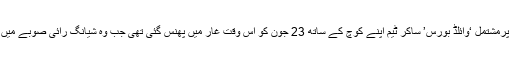
روزنامہ ہندو کے مطابق 12 افراد پرمشتمل ‘وائلڈ بورس’ ساکر ٹیم اپنے کوچ کے ساتھ 23 جون کو اس وقت غار میں پھنس گئی تھی جب وہ شیانگ رائی صوبے میں غاروں والے علاقے میں گئی تھی۔